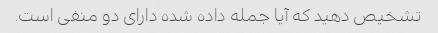
تشخیص دهید که آیا جمله داده شده دارای دو منفی است.